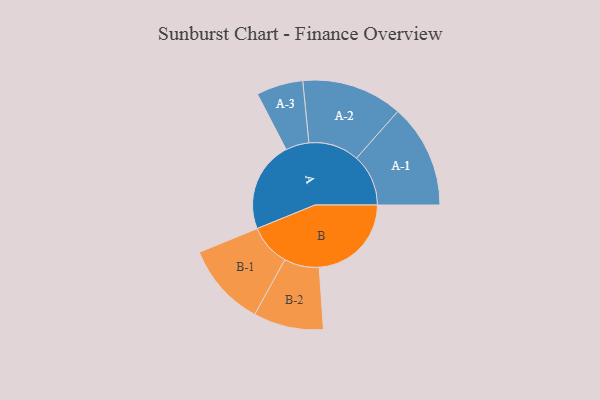
{"axis": {"x": "Segment", "y": "Value"}, "legend": ["", "A", "B"], "data": [{"x": "A", "y": 435, "type": ""}, {"x": "B", "y": 442, "type": ""}, {"x": "A-1", "y": 249, "type": "A"}, {"x": "A-2", "y": 242, "type": "A"}, {"x": "A-3", "y": 112, "type": "A"}, {"x": "B-1", "y": 200, "type": "B"}, {"x": "B-2", "y": 168, "type": "B"}]}